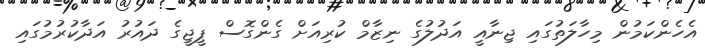
އެހެންކަމުން މިހާލަތުގައި ޖިނާއީ އަދުލުގެ ނިޒާމް ކުރިއަށް ގެންގޮސް ޕީޖީގެ ދައުރު އަދާކުރުމުގައި